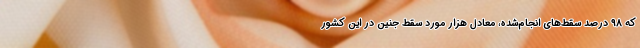
که ۹۸ درصد سقط‌های انجام‌شده، معادل هزار مورد سقط جنین در این کشور